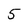
Character: 5